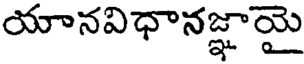
యానవిధానజ్ఞాయై